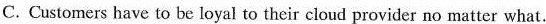
C. Customer snave to be loyal to their cloud provider no matter what.